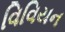
વિવિયન